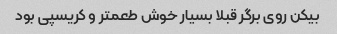
بیکن روی برگر قبلا بسیار خوش طعمتر و کریسپی بود